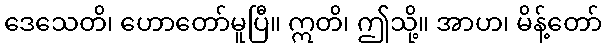
ဒေသေတိ၊ ဟောတော်မူပြီ။ ဣတိ၊ ဤသို့။ အာဟ၊ မိန့်တော်